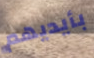
بأيديهم